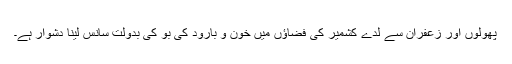
پھولوں اور زعفران سے لدے کشمیر کی فضاؤں میں خون و بارود کی بُو کی بدولت سانس لینا دشوار ہے۔